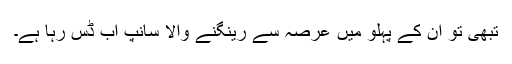
تبھی تو ان کے پہلو میں عرصہ سے رینگنے والا سانپ اب ڈس رہا ہے۔